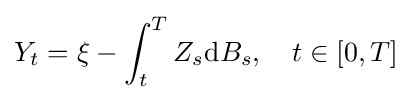
Y_{t}=\xi -\int _{t}^{T}Z_{s}\mathrm {d} B_{s},\quad t\in [0,T]